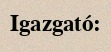
Igazgató: